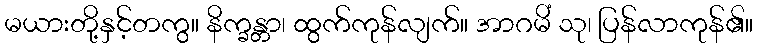
မယားတို့နှင့်တကွ။ နိက္ခန္တာ၊ ထွက်ကုန်လျက်။ အာဂမိံ သု၊ ပြန်လာကုန်၏။